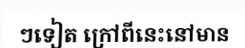
ៗទៀត ក្រៅពីនេះនៅមាន